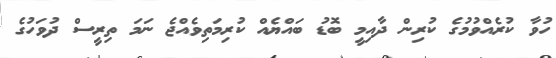
ހުވާ ކުރެއްވުމުގެ ކުރިން ދާއިމީ ބޮޑު ބައްޔެއް ކުރިމަތިވެއްޖެ ނަމަ ތިރީސް ދުވަހުގެ